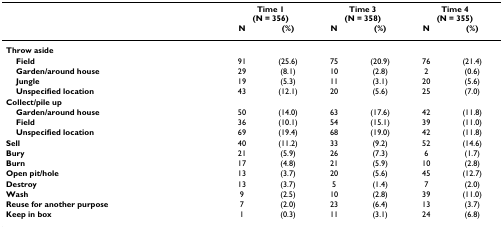
<table><thead><tr><td></td><td colspan="2"><b>Time 1(N = 356)</b></td><td colspan="2"><b>Time 3(N = 358)</b></td><td colspan="2"><b>Time 4(N = 355)</b></td></tr><tr><td></td><td><b>N</b></td><td><b>(%)</b></td><td><b>N</b></td><td><b>(%)</b></td><td><b>N</b></td><td><b>(%)</b></td></tr></thead><tbody><tr><td><b>Throw aside</b></td><td></td><td></td><td></td><td></td><td></td><td></td></tr><tr><td> <b>Field</b></td><td>91</td><td>(25.6)</td><td>75</td><td>(20.9)</td><td>76</td><td>(21.4)</td></tr><tr><td> <b>Garden/around house</b></td><td>29</td><td>(8.1)</td><td>10</td><td>(2.8)</td><td>2</td><td>(0.6)</td></tr><tr><td> <b>Jungle</b></td><td>19</td><td>(5.3)</td><td>11</td><td>(3.1)</td><td>20</td><td>(5.6)</td></tr><tr><td> <b>Unspecified location</b></td><td>43</td><td>(12.1)</td><td>20</td><td>(5.6)</td><td>25</td><td>(7.0)</td></tr><tr><td><b>Collect/pile up</b></td><td></td><td></td><td></td><td></td><td></td><td></td></tr><tr><td> <b>Garden/around house</b></td><td>50</td><td>(14.0)</td><td>63</td><td>(17.6)</td><td>42</td><td>(11.8)</td></tr><tr><td> <b>Field</b></td><td>36</td><td>(10.1)</td><td>54</td><td>(15.1)</td><td>39</td><td>(11.0)</td></tr><tr><td> <b>Unspecified location</b></td><td>69</td><td>(19.4)</td><td>68</td><td>(19.0)</td><td>42</td><td>(11.8)</td></tr><tr><td><b>Sell</b></td><td>40</td><td>(11.2)</td><td>33</td><td>(9.2)</td><td>52</td><td>(14.6)</td></tr><tr><td><b>Bury</b></td><td>21</td><td>(5.9)</td><td>26</td><td>(7.3)</td><td>6</td><td>(1.7)</td></tr><tr><td><b>Burn</b></td><td>17</td><td>(4.8)</td><td>21</td><td>(5.9)</td><td>10</td><td>(2.8)</td></tr><tr><td><b>Open pit/hole</b></td><td>13</td><td>(3.7)</td><td>20</td><td>(5.6)</td><td>45</td><td>(12.7)</td></tr><tr><td><b>Destroy</b></td><td>13</td><td>(3.7)</td><td>5</td><td>(1.4)</td><td>7</td><td>(2.0)</td></tr><tr><td><b>Wash</b></td><td>9</td><td>(2.5)</td><td>10</td><td>(2.8)</td><td>39</td><td>(11.0)</td></tr><tr><td><b>Reuse for another purpose</b></td><td>7</td><td>(2.0)</td><td>23</td><td>(6.4)</td><td>13</td><td>(3.7)</td></tr><tr><td><b>Keep in box</b></td><td>1</td><td>(0.3)</td><td>11</td><td>(3.1)</td><td>24</td><td>(6.8)</td></tr></tbody></table>